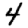
Digit: 4